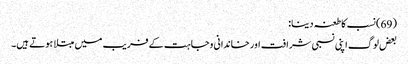
(69) نسب کا طعنہ دینا:
بعض لوگ اپنی نسبی شرافت اور خاندانی وجاہت کے فریب میں مبتلا ہوتے ہیں۔